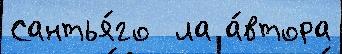
Сантья́го  ла а́втора